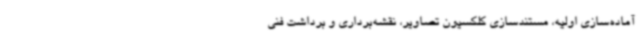
آماده‌سازی اولیه، مستندسازی کلکسیون تصاویر، نقشه‌برداری و برداشت فنی